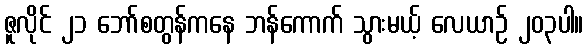
ဇူလိုင် ၂၁ ဘော်စတွန်ကနေ ဘန်ကောက် သွားမယ့် လေယာဉ် ၂၀၃ပါ။